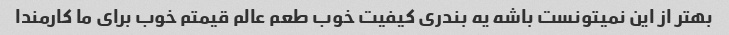
بهتر از این نمیتونست باشه یه بندری کیفیت خوب طعم عالم قیمتم خوب برای ما کارمندا